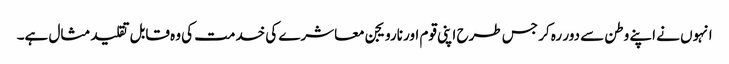
انہوں نے اپنے وطن سے دور رہ کر جس طرح اپنی قوم اور نارویجن معاشرے کی خدمت کی وہ قابل تقلید مثال ہے۔